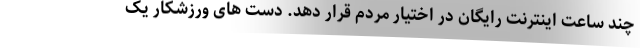
چند ساعت اینترنت رایگان در اختیار مردم قرار دهد. دست های ورزشکار یک